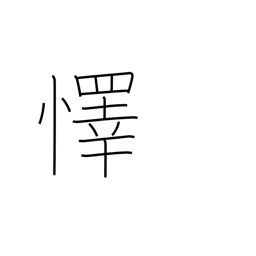
Meaning: rejoice